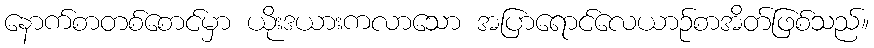
နောက်စာတစ်စောင်မှာ ယိုးဒယားကလာသော အပြာရောင်လေယာဉ်စာအိတ်ဖြစ်သည်။